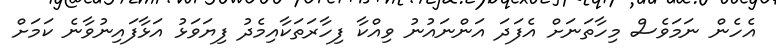
އެހެން ނަމަވެސް މިހާތަނަށް އެފަދަ އަންނައުނު ވިއްކާ ފިހާރަތަކާއިމެދު ފިޔަވަޅު އަޅާފައިނުވާނެ ކަމަށް